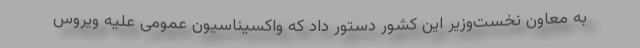
به معاون نخست‌وزیر این کشور دستور داد که واکسیناسیون عمومی علیه ویروس